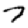
Digit: 7